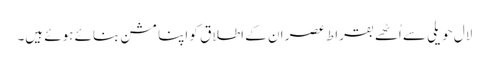
لال حویلی سے اُٹھے بقراطِ عصر ان کے اطلاق کو اپنا مشن بنائے ہوئے ہیں۔